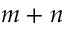
m + n